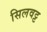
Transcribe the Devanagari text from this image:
सिलवट्ट